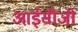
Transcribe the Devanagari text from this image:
आईसीजी